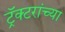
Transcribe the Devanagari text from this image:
ट्रॅक्टरांच्या